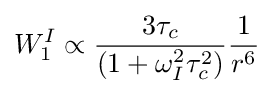
W_{1}^{I}\propto {\frac {3\tau _{c}}{(1+\omega _{I}^{2}\tau _{c}^{2})}}{\frac {1}{r^{6}}}